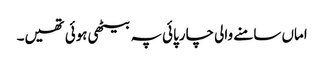
اماں سامنے والی چارپائی پہ بیٹھی ہوئی تھیں۔